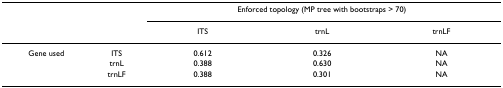
|  |  | <COLSPAN=3> Enforced topology (MP tree with bootstraps > 70) |
 |  |  | ITS | trnL | trnLF |
 | --- | --- | --- | --- | --- |
 | Gene used | ITS | 0.612 | 0.326 | NA |
 |  | trnL | 0.388 | 0.630 | NA |
 |  | trnLF | 0.388 | 0.301 | NA |